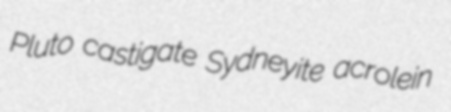
Pluto castigate Sydneyite acrolein